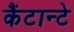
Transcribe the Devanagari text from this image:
कैंटान्टे